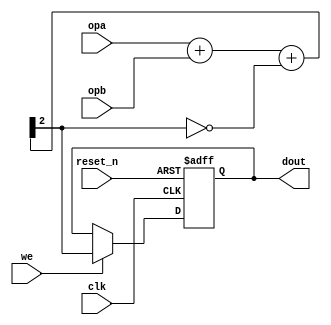
module rosc #(parameter WIDTH = 2)
             (
              input wire                   clk,
              input wire                   reset_n,

              input wire                   we,

              input wire [(WIDTH - 1) : 0] opa,
              input wire [(WIDTH - 1) : 0] opb,

              output wire                  dout
             );


  //----------------------------------------------------------------
  // Registers.
  //----------------------------------------------------------------
  reg dout_reg;
  reg dout_new;


  //----------------------------------------------------------------
  // Concurrent assignment.
  //----------------------------------------------------------------
  assign dout = dout_reg;


  //----------------------------------------------------------------
  // reg_update
  //----------------------------------------------------------------
     always @ (posedge clk or negedge reset_n)
       begin
         if (!reset_n)
           begin
             dout_reg <= 1'b0;
           end
         else
           begin
             if (we)
               begin
                 dout_reg <= dout_new;
               end
           end
       end


  //----------------------------------------------------------------
  // adder_osc
  //
  // Adder logic that generates the oscillator.
  //
  // NOTE: This logic contains a combinational loop and does
  // not play well with an event driven simulator.
  //----------------------------------------------------------------
  always @*
    begin: adder_osc
      reg [WIDTH : 0] sum;
      reg             cin;

      cin = ~sum[WIDTH];
      sum = opa + opb + cin;
      dout_new = sum[WIDTH];
    end
endmodule